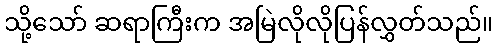
သို့သော် ဆရာကြီးက အမြဲလိုလိုပြန်လွှတ်သည်။